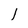
Character: I